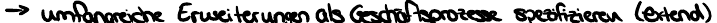
-> umfangreiche Erweiterungen als Geschäftsprozesse spezifizieren (extend)